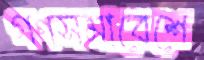
গণসমাবেশে